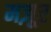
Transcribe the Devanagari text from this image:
मज़ूर